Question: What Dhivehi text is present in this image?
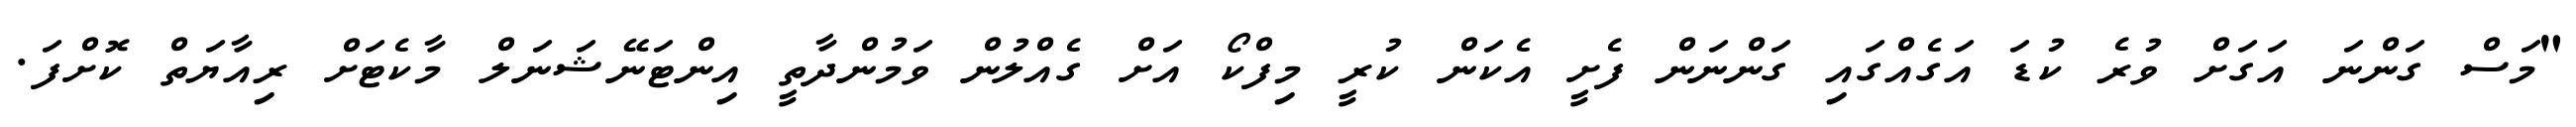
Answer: "މަސް ގަންނަ އަގަށް ވުރެ ކުޑަ އަގެއްގައި ގަންނަން ފެށީ އެކަން ކުރީ މިފްކޯ އަށް ގެއްލުން ވަމުންދާތީ އިންޓަނޭޝަނަލް މާކެޓަށް ރިއާޔަތް ކޮށްފަ.